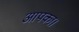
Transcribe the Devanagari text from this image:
आपका।